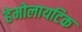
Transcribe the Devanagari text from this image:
हेमोलायटिक